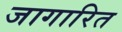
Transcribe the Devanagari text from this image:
जागारित